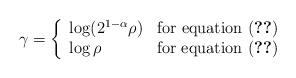
LaTeX: \begin{align*}\gamma=\left\{\begin{array}{ll}\log(2^{1-\alpha}\rho) & \mbox{for equation \eqref{HAM}} \\\log \rho & \mbox{for equation \eqref{PAM}}\end{array} \right.\end{align*}